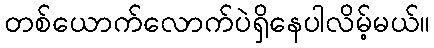
တစ်ယောက်လောက်ပဲရှိနေပါလိမ့်မယ်။